Annual report on the working of the mental hospitals in the Madras Presidency - 1912-1932
Year: 1912
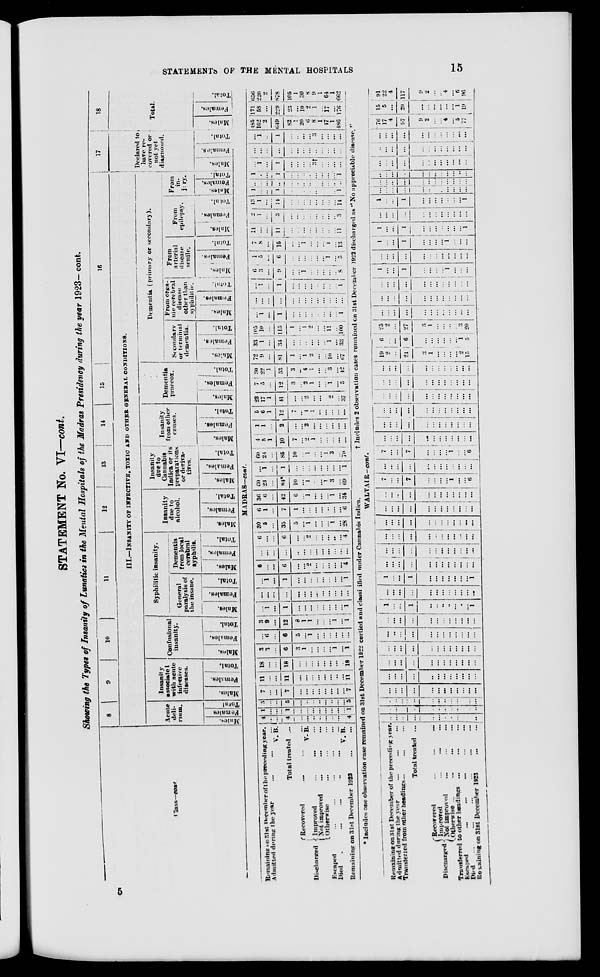
STATEMENTS OF THIS MENTAL
HOSPITALS
15
STATEMENT No. VI—cont.
showing the Types of insanity of Lunatics in the Mental Hospitals of the Madras Presidency during the year 1923— cont.
Class—cont.
8
9
10
11
12
13
14
15
16
III.— INSANITY OF INFECTIVE, TOXIC AND OTHER GENERAL CONDITIONS.
Acute
del -
rium.
Males.
Females.
Total.
Insanity
associated
with acute
infective
diseases.
Males.
Females.
Total.
Confusional
insanity.
Males.
Females.
Total.
Syphilitic
insanity.
General
paralysis of
the insane.
Males.
Females.
Total.
Dementia
from local
cerebral
syphilis.
Males.
Females.
Total.
Insanity
due to
alcohol.
Males.
Females.
Total.
Insanity
due to
Cannabis
Indica or its
preparations
or deriva-
tives.
Males.
Females.
Total.
Insanity
from other
causes.
Males.
Females.
Total.
Dementia
praecox.
Males.
Females.
Total.
Dementia (primary or secondary).
Secondary
or terminal
dementia.
Males.
Females.
Total.
From orga-
nic cerebral
disease
other than
syphilitic.
Males.
Females.
Total.
From
arterial
disease
senile.
Males.
Females.
Total.
From
epilepsy.
Males.
Females.
Total.
From
in-
jury.
Males.
Females.
Total.
17
Declared to
have re-
covered or
not yet
diagnosed.
Males.
Females.
Total.
18
Total.
Males.
Females.
Total.
MADRAS—cont.
Remaining on 31st December of the preceding year.
Admitted during the year
...
...
...
V. B.
Total treated ...
Discharged
Recovered ... ... ...
V. B.
Improved ... ... ...
Not improved ... ... ...
Otherwise ... ... ...
Escaped ... ... ... ... ...
Died ... ... ... ... ... ...
V. B.
Remaining
on 31st December 1923 ... ...
4
...
...
4
...
...
...
...
...
...
...
...
4
1
...
...
1
...
...
...
...
...
...
...
...
1
5
...
...
5
...
...
...
...
...
...
...
...
5
7
...
...
7
...
...
...
...
...
...
...
...
7
11
...
...
11
...
...
...
...
...
...
...
...
11
18
...
...
18
...
...
...
...
...
...
...
...
18
3
3
...
6
3
1
...
...
...
...
1
...
1
...
6
...
6
5
...
1
...
...
...
...
...
...
3
9
...
12
8
1
1
...
...
...
1
...
1
...
1
...
1
...
...
...
...
...
...
...
...
1
...
...
...
...
...
...
...
...
...
...
...
...
...
...
1
...
1
...
...
...
...
...
...
...
...
1
6
...
...
6
...
...
2
...
...
...
...
...
4
...
...
...
...
...
...
...
...
...
...
...
...
...
6
...
...
6
...
...
2
...
...
...
...
...
4
30
5
...
35
5
...
1
...
...
...
1
...
28
6
1
...
7
1
...
...
...
...
...
...
...
6
36
6
...
42
6
...
1
...
...
...
1
...
34
60
23
...
84*
10
...
1
...
...
1
3
...
69
...
1
...
1
...
...
...
...
...
...
...
...
1
* Includes one observation case remained on 31st December 1922 certied and classified under Cannabis Indica.
60
24
...
85
10
...
1
...
...
1
3
...
70
4
5
1
10
7
...
2
1
...
...
...
...
...
1
1
...
2
...
...
2
...
...
...
...
...
...
5
6
1
12
7
...
4
1
...
...
...
...
...
23
17
1
41
...
...
2
...
...
...
2
...
37
7
5
...
12
3
...
2
1
...
...
1
...
5
30
22
1
53
3
...
4
1
...
...
3
...
42
72
9
...
81
1
...
1
2
...
...
10
...
67
33
1
...
34
...
...
...
...
...
...
1
...
33
105
10
...
115
1
...
1
2
...
...
11
...
100
...
1
...
1
...
...
...
...
...
...
...
...
1
...
...
...
...
...
...
...
...
...
...
...
...
...
...
1
...
1
...
...
...
...
...
...
...
...
1
6
3
...
9
...
...
1
...
...
...
...
...
8
1
5
...
6
...
...
...
...
...
...
1
...
5
7
8
...
15
...
...
1
...
...
...
1
...
13
11
...
...
11
...
...
...
...
...
...
...
...
11
2
1
...
3
...
...
...
...
...
...
...
...
3
13
1
...
14
...
...
...
...
...
...
...
...
14
1
...
...
1
...
...
...
...
...
...
...
...
1
...
...
...
...
...
...
...
...
...
...
...
...
...
1
...
...
1
...
...
...
...
...
...
...
...
1
...
1
...
1
...
...
...
...
3†
...
...
...
...
...
...
...
...
...
...
...
...
...
...
...
...
...
...
1
...
1
...
...
...
...
3
...
...
...
...
185
162
2
649
82
1
20
6
8
1
47
1
486
171
58
...
229
23
...
10
2
1
...
17
...
176
656
220
2
878
105
1
30
8
9
1
64
1
662
† Includes 2 observation cases remained on 31st December 1922 discharged as "No appreciable disease. "
WALTAIR-cont.
Remaining
on 31st December of the preceding year.
Admitted during the year ... ... ...
Transferred from other headings . . . . . . ...
Total treated ...
Discharged
Recovered ... ... ...
Improved
...
...
...
Not
improved
...
...
...
Otherwise ...
...
...
...
Transferred to other headings
...
...
...
Escaped
...
...
...
...
...
Died
...
... ... ... ... ...
Remaining on 31st December
1923
...
...
...
...
...
...
...
...
...
...
...
...
...
...
...
...
...
...
...
...
...
...
...
...
...
...
...
...
...
...
...
...
...
...
...
...
...
...
...
...
...
...
...
...
...
...
...
...
...
...
...
...
...
...
...
...
...
...
...
...
...
...
...
...
...
...
...
...
...
...
...
...
...
...
...
...
...
...
...
...
...
...
...
...
...
...
...
...
...
...
...
...
...
...
...
...
...
...
...
...
...
...
...
...
...
...
...
...
...
...
1
...
...
1
...
...
...
...
...
...
...
1
...
...
...
...
...
...
...
...
...
...
...
...
1
...
...
1
...
...
...
...
...
...
...
1
...
...
...
...
...
...
...
...
...
...
...
...
...
...
...
...
...
...
...
...
...
...
...
...
...
...
...
...
...
...
...
...
...
...
...
...
...
...
...
...
...
...
...
...
...
...
...
...
...
...
...
...
...
...
...
...
...
...
...
...
...
...
...
...
...
...
...
...
...
...
...
...
7
...
...
7
...
...
...
...
1
...
...
6
...
...
...
...
...
...
...
...
...
...
...
...
7
...
...
7
...
...
...
...
1
...
...
6
...
...
...
...
...
...
...
...
...
...
... ...
...
...
...
...
...
...
...
...
...
...
... ...
...
...
...
...
...
...
...
...
...
...
...
...
...
...
...
...
...
...
...
...
...
...
...
...
...
...
...
...
...
...
...
...
...
...
...
...
...
...
...
...
...
...
...
...
...
...
...
...
19
2
...
21
3
1
...
...
...
...
2
15
6
...
...
6
...
...
...
...
...
...
1
5
25
2
...
27
3
1
...
...
...
...
3
20
...
...
...
...
...
...
...
...
...
...
... ...
...
...
...
...
...
...
...
...
...
...
...
...
...
...
...
...
...
...
...
...
...
...
... ...
1
...
...
1
...
...
...
...
1
...
... ...
...
...
...
...
...
...
...
...
...
...
...
...
1
...
...
1
...
...
...
...
1
...
...
...
1
...
...
1
...
...
...
...
...
...
...
...
...
...
...
...
...
...
...
...
...
...
...
...
1
...
...
1
...
...
...
...
...
...
...
...
...
...
...
...
...
...
...
...
...
...
...
...
...
...
...
...
...
...
...
...
...
...
...
...
...
...
...
...
...
...
...
...
...
...
...
...
...
...
...
...
...
...
...
...
...
...
...
...
...
...
...
...
...
...
...
...
...
...
...
...
...
...
...
...
...
...
...
...
...
...
...
...
76
17
4
97
9
2
...
...
4
...
5
77
15
5
...
20
...
...
...
...
...
...
1
19
91
22
4
117
9
2
...
...
4
...
6
96
5